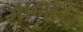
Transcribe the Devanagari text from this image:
जाना।।